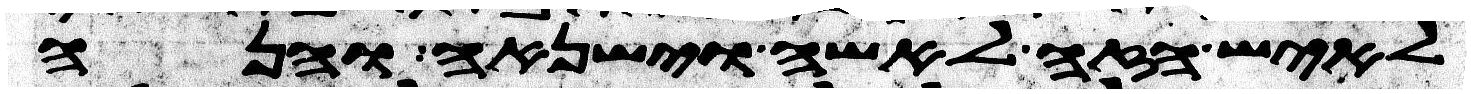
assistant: לאיש הזה לאשה וישנאה והנה